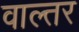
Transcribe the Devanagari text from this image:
वाल्तर